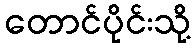
တောင်ပိုင်းသို့